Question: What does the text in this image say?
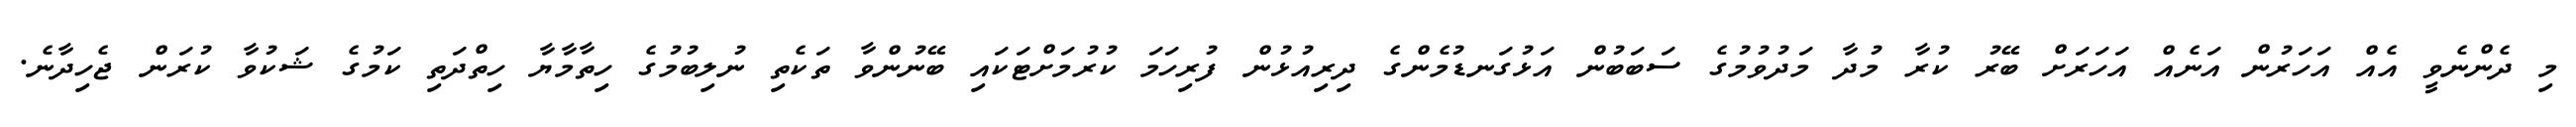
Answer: މި ދެންނެވީ އެއް އަހަރުން އަނެއް އަހަރަށް ބޭރު ކުރާ މުދާ މަދުވުމުގެ ސަބަބުން އަޅުގަނޑުމެންގެ ދިރިއުޅުން ފުރިހަމަ ކުރުމަށްޓަކައި ބޭނުންވާ ތަކެތި ނުލިބުމުގެ ހިތާމާޔާ ހިތްދަތި ކަމުގެ ޝަކުވާ ކުރަން ޖެހިދާނެ.